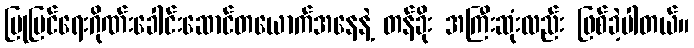
ပြုပြင်ရေးဂိုဏ်းခေါင်းဆောင်တယောက်အနေနဲ့ တန်ခိုး အကြီးဆုံးလည်း ဖြစ်ခဲ့ပါတယ်။